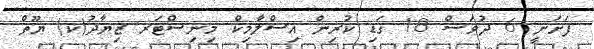
ފަށަނީ 6 ދުވަސް 18 ގަޑި ކުރިން އިސްލާމިކް މިނިސްޓަރ ޒިޔާދު(ކ) ޔޫތް